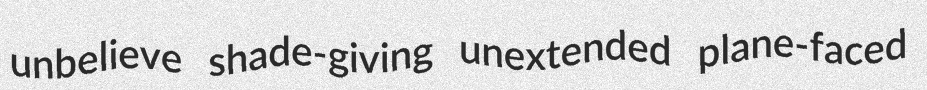
unbelieve shade-giving unextended plane-faced